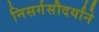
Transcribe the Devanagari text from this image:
निसर्गसौदर्यांने